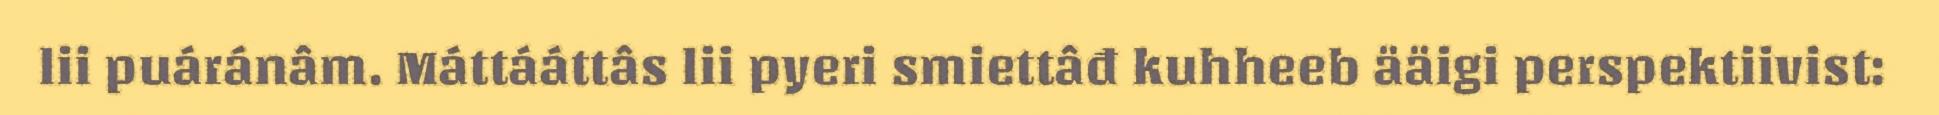
lii puáránâm. Máttááttâs lii pyeri smiettâđ kuhheeb ääigi perspektiivist: